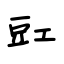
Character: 豇